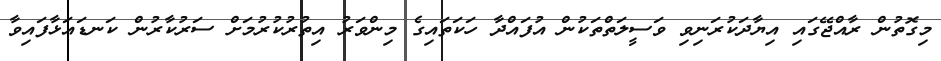
މިގޮތުން ރާއްޖޭގައި އިޔާދަކުރަނިވި ވަސީލަތްތަކުން އުފައްދާ ހަކަތައިގެ މިންވަރު އިތުރުކުރުމަށް ސަރުކާރުން ކަނޑައަޅާފައިވާ